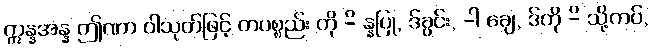
ဣန္နအန္န ဤဏာ ဝါသုတ်ဖြင့် တပစ္စည်း ကို -ိ န္နပြု, ဒ်ခွင်း, -ါ ချေ, ဒ်ကို -ိ သို့ကပ်,